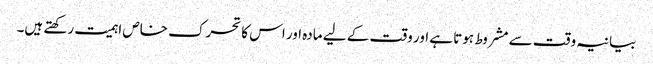
بیانیہ وقت سے مشروط ہوتا ہے اور وقت کے لیے مادہ اور اس کا تحرک خاص اہمیت رکھتے ہیں۔